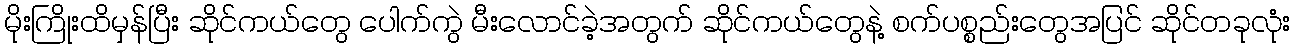
မိုးကြိုးထိမှန်ပြီး ဆိုင်ကယ်တွေ ပေါက်ကွဲ မီးလောင်ခဲ့အတွက် ဆိုင်ကယ်တွေနဲ့ စက်ပစ္စည်းတွေအပြင် ဆိုင်တခုလုံး